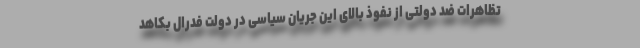
تظاهرات ضد دولتی از نفوذ بالای این جریان سیاسی در دولت فدرال بکاهد